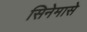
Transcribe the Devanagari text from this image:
सिनेमासे